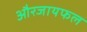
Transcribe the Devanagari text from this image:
औरजायफल